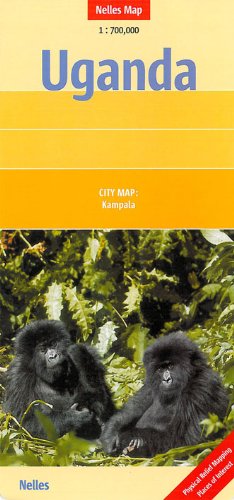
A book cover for Uganda Nelles Map1:700,000- 2012 *** (English, French and German Edition); Nelles Maps; Travel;